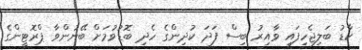
ކާޑު ބަލިޖެހިފައި ވާއިރު ބިސް ފަދަ ކުދިންގެ ހެދި ބޮޑުވުމަށް ބޭނުންވާ ޕްރޮޓީންގެ